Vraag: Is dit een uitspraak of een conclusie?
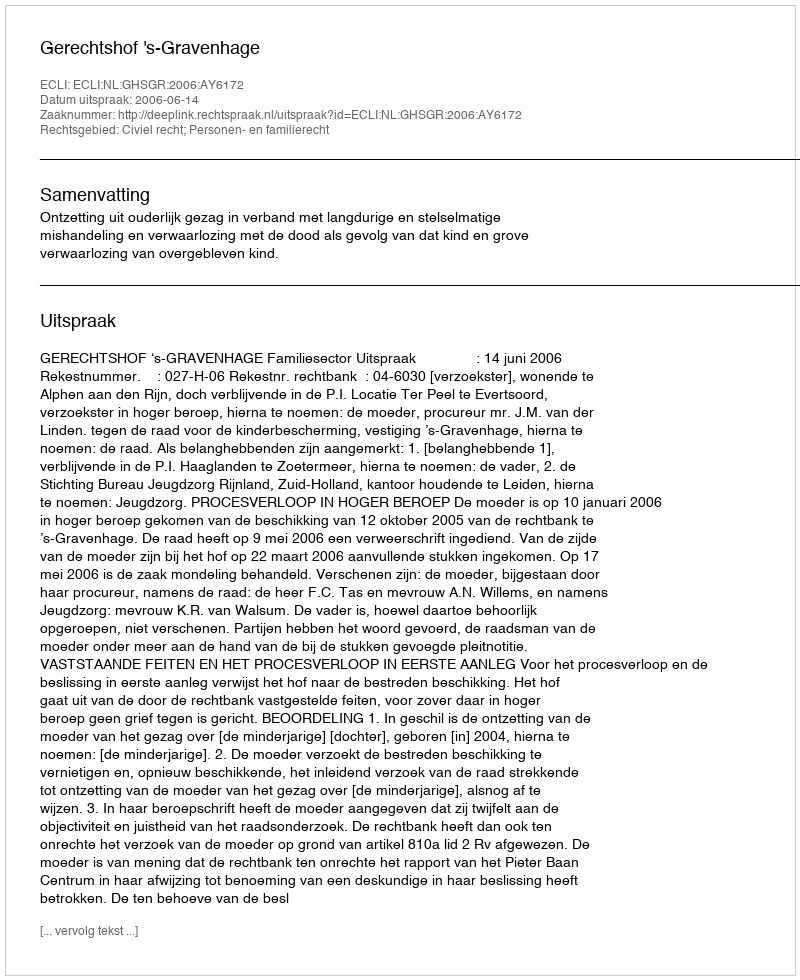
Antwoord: Uitspraak